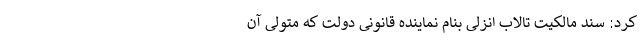
کرد: سند مالکیت تالاب انزلی بنام نماینده قانونی دولت که متولی آن